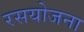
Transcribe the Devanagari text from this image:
रसयोजना